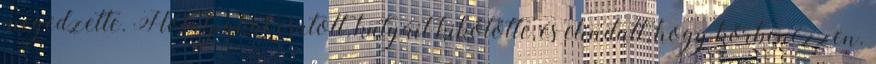
megedzette. Hótalpakat csatolt, kutyáit kikötötte, és elindult, hogy körbenézzen.